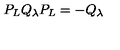
P _ { L } Q _ { \lambda } P _ { L } = - Q _ { \lambda }